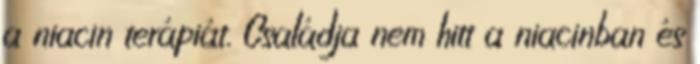
a niacin terápiát. Családja nem hitt a niacinban és